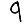
Digit: 9